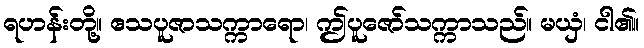
ရဟန်းတို့။ ဧသပူဇာသက္ကာရော၊ ဤပူဇော်သက္ကာသည်။ မယှံ၊ ငါ၏။